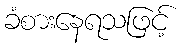
ခံစားနေရသဖြင့်